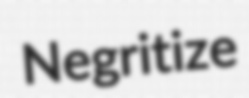
Negritize